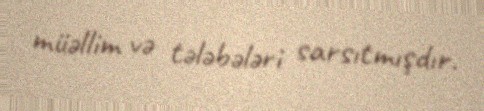
müəllim və tələbələri sarsıtmışdır.